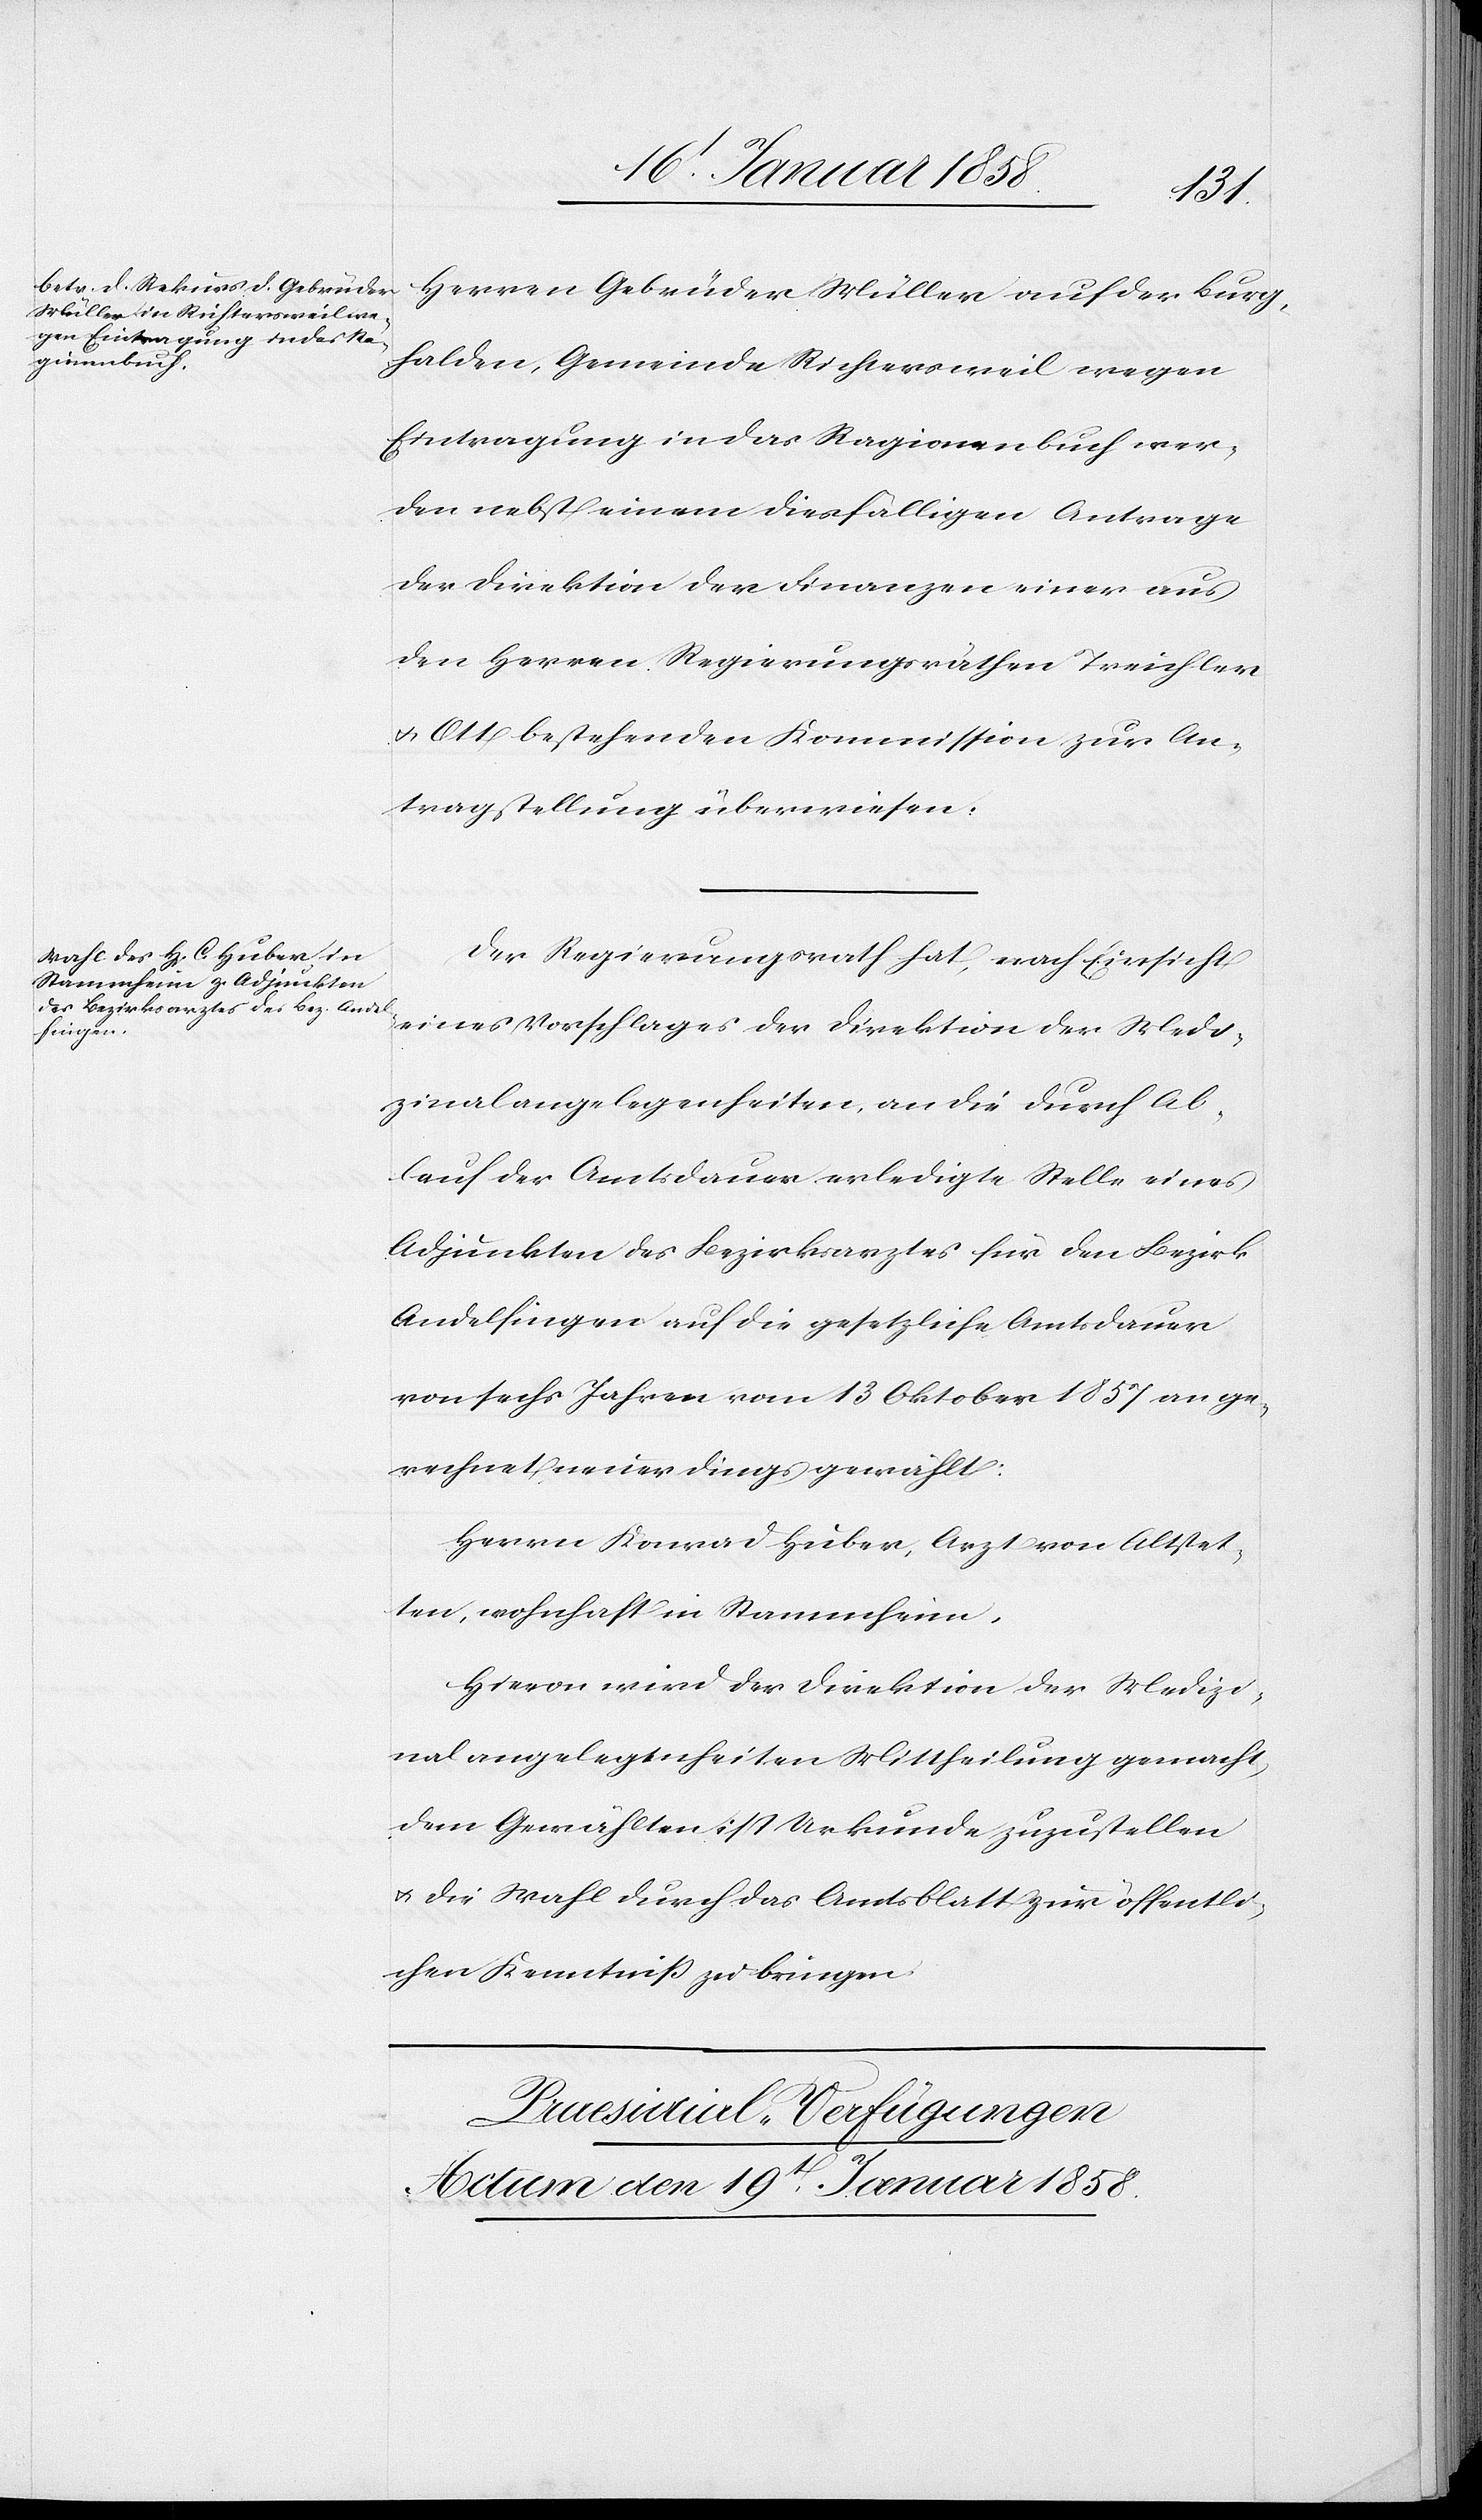
Herren Gebrüder Müller auf der Burg¬
halden, Gemeinde Richtersweil wegen
Eintragung in das Ragionenbuch wer¬
den nebst einem diesfälligen Antrage
der Direktion der Finanzen einer aus
den Herren Regierungsräthen Treichler
u. Ott bestehenden Kommission zur An¬
tragstellung überwiesen.
Der Regierungsrath hat, nach Einsicht
eines Vorschlages der Direktion der Medi¬
zinalangelegenheiten an die durch Ab¬
lauf der Amtsdauer erledigte Stelle eines
Adjunkten des Bezirksarztes für den Bezirk
Andelfingen auf die gesetzliche Amtsdauer
von sechs Jahren vom 13 Oktober 1857 an ge¬
rechnet neuerdings gewählt:
Herrn Konrad Huber, Arzt von Altstet¬
ten, wohnhaft in Stammheim.
Hievon wird der Direktion der Medizi¬
nalangelegenheiten Mittheilung gemacht,
dem Gewählten ist Urkunde zuzustellen
u. die Wahl durch das Amtsblatt zur öffentli¬
chen Kenntniß zu bringen.
Praesidial-Verfügungen.
Actum den 19t Januar 1858.